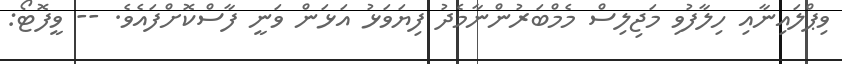
ވިޕްލައިނާއި ހިލާފުވި މަޖިލިސް މެމްބަރުންނާމެދު ފިޔަވަޅު އަޅަން ވަނީ ފާސްކޮށްފައެވެ. -- ވީފޮޓޯ: